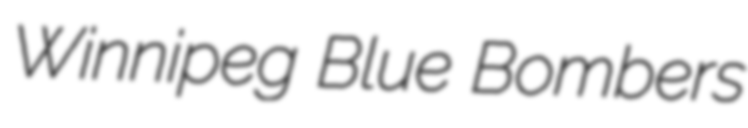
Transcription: Winnipeg Blue Bombers